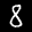
Label: 8